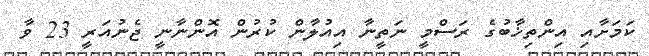
ކަމަށާއި އިންތިޚާބުގެ ރަސްމީ ނަތީނާ އިއުލާން ކުރުން އޮންނާނީ ޖެނުއަރީ 23 ވާ